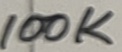
Text: 100K